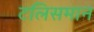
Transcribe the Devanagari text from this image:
टलिसमान